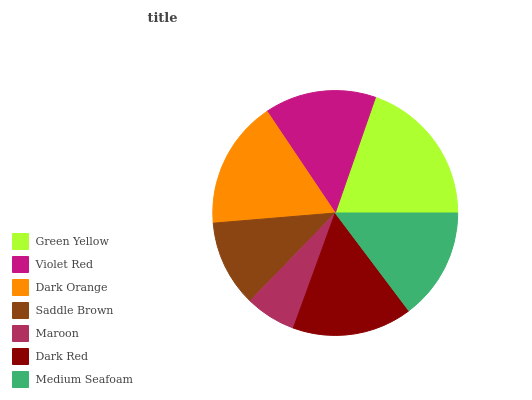
| Green Yellow | Violet Red | Dark Orange | Saddle Brown | Maroon | Dark Red | Medium Seafoam |
 | --- | --- | --- | --- | --- | --- | --- |
 | 19.7% | 14.7% | 16.9% | 11.4% | 6.68% | 15.8% | 14.7% |